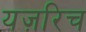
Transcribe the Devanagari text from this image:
यज़रिच